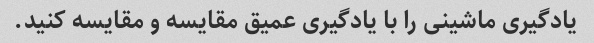
یادگیری ماشینی را با یادگیری عمیق مقایسه و مقایسه کنید.